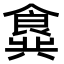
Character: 𬲖